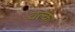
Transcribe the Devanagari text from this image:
वल्क।